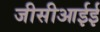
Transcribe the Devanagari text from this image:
जीसीआईई